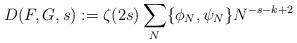
LaTeX: \begin{align*} D(F,G,s):= \zeta(2s) \sum_{N} \{\phi_N,\psi_N\}N^{-s-k+2} \end{align*}